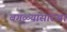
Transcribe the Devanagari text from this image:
बगळ्यांसारखा